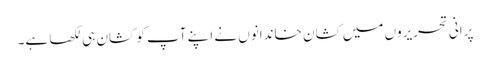
پرانی تحریروں میں کشان خاندانوں نے اپنے آپ کو کشان ہی لکھا ہے۔